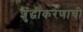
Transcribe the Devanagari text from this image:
शुद्धीकरणाची